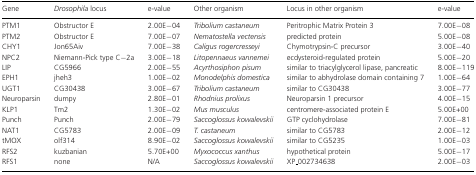
| Gene | Drosophila locus | e-value | Other organism | Locus in other organism | e-value |
 | --- | --- | --- | --- | --- | --- |
 | PTM1 | Obstructor E | 2.00E−04 | Tribolium castaneum | Peritrophic Matrix Protein 3 | 7.00E−08 |
 | PTM2 | Obstructor E | 7.00E−07 | Nematostella vectensis | predicted protein | 5.00E−08 |
 | CHY1 | Jon65Aiv | 7.00E−38 | Caligus rogercresseyi | Chymotrypsin-C precursor | 3.00E−40 |
 | NPC2 | Niemann-Pick type C−2a | 3.00E−18 | Litopennaeus vannemei | ecdysteroid-regulated protein | 5.00E−20 |
 | LIP | CG5966 | 2.00E−55 | Acyrthosiphon pisum | similar to triacylglycerol lipase, pancreatic | 8.00E−119 |
 | EPH1 | jheh3 | 1.00E−02 | Monodelphis domestica | similar to abhydrolase domain containing 7 | 1.00E−64 |
 | UGT1 | CG30438 | 3.00E−67 | Tribolium castaneum | similar to CG30438 | 3.00E−77 |
 | Neuroparsin | dumpy | 2.80E−01 | Rhodnius prolixus | Neuroparsin 1 precursor | 4.00E−15 |
 | KLP1 | Tm2 | 1.30E−02 | Mus musculus | centromere-associated protein E | 5.00E+00 |
 | Punch | Punch | 2.00E−79 | Saccoglossus kowalevskii | GTP cyclohydrolase | 7.00E−81 |
 | NAT1 | CG5783 | 2.00E−09 | T. castaneum | similar to CG5783 | 2.00E−12 |
 | tMOX | olf314 | 8.90E−02 | Saccoglossus kowalevskii | similar to CG5235 | 1.00E−03 |
 | RFS2 | kuzbanian | 5.70E+00 | Myxococcus xanthus | hypothetical protein | 5.00E−17 |
 | RFS1 | none | N/A | Saccoglossus kowalevskii | XP_002734638 | 2.00E−03 |